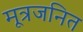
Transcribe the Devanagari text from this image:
मूत्रजनित